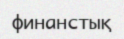
финанстық